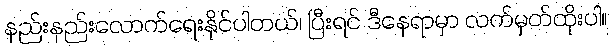
နည်းနည်းလောက်ရေးနိုင်ပါတယ်၊ ပြီးရင် ဒီနေရာမှာ လက်မှတ်ထိုးပါ။